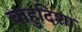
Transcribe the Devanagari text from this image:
चाहुदिशा